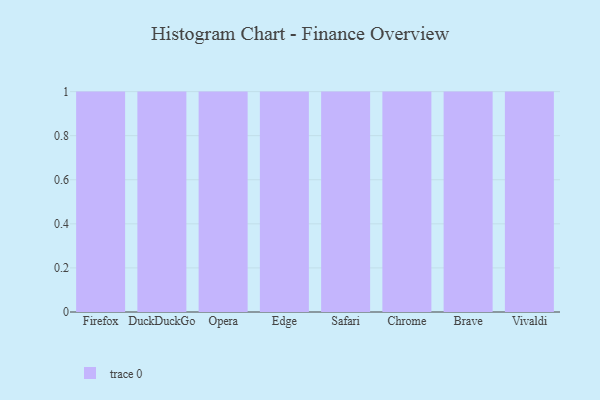
{"axis": {"x": "Browser", "y": "Satisfaction Score"}, "legend": [""], "data": [{"x": "Firefox", "y": 92, "type": ""}, {"x": "DuckDuckGo", "y": 28, "type": ""}, {"x": "Opera", "y": 43, "type": ""}, {"x": "Edge", "y": 2, "type": ""}, {"x": "Safari", "y": 38, "type": ""}, {"x": "Chrome", "y": 23, "type": ""}, {"x": "Brave", "y": 62, "type": ""}, {"x": "Vivaldi", "y": 2, "type": ""}]}